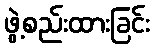
ဖွဲ့စည်းထားခြင်း